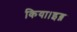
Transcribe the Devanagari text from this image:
किया।इब्न